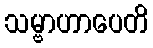
သမ္ဗာဟာပေတိ